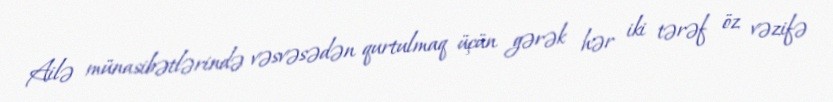
Ailə münasibətlərində vəsvəsədən qurtulmaq üçün gərək hər iki tərəf öz vəzifə